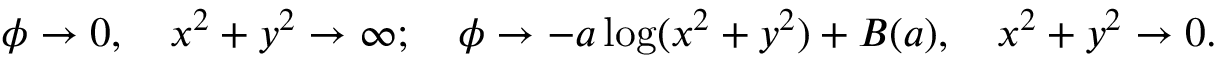
\phi \rightarrow 0 , \quad x ^ { 2 } + y ^ { 2 } \rightarrow \infty ; \quad \phi \rightarrow - a \log ( x ^ { 2 } + y ^ { 2 } ) + { \cal B } ( a ) , \quad x ^ { 2 } + y ^ { 2 } \rightarrow 0 .